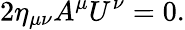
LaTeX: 2\eta_{\mu\nu}A^{\mu}U^{\nu}=0.